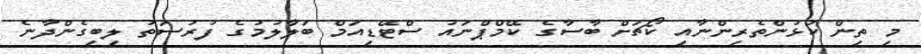
މި ތިން ކުޅުންތެރިންނާއި ކޯޗަށް ބާސާގެ ކޭމްޕްނައު ސްޓޭޑިއަމް ބަލާލުމުގެ ފުރުސަތު ލިބިގެންދާނެ